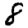
Digit: 8